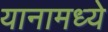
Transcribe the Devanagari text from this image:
यानामध्ये